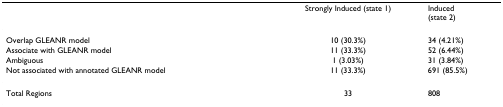
<table><thead><tr><td></td><td><b>Strongly Induced (state 1)</b></td><td><b>Induced(state 2)</b></td></tr></thead><tbody><tr><td>Overlap GLEANR model</td><td>10 (30.3%)</td><td>34 (4.21%)</td></tr><tr><td>Associate with GLEANR model</td><td>11 (33.3%)</td><td>52 (6.44%)</td></tr><tr><td>Ambiguous</td><td>1 (3.03%)</td><td>31 (3.84%)</td></tr><tr><td>Not associated with annotated GLEANR model</td><td>11 (33.3%)</td><td>691 (85.5%)</td></tr><tr><td>Total Regions</td><td>33</td><td>808</td></tr></tbody></table>